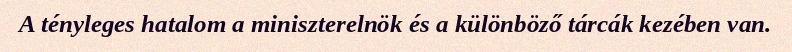
A tényleges hatalom a miniszterelnök és a különböző tárcák kezében van.